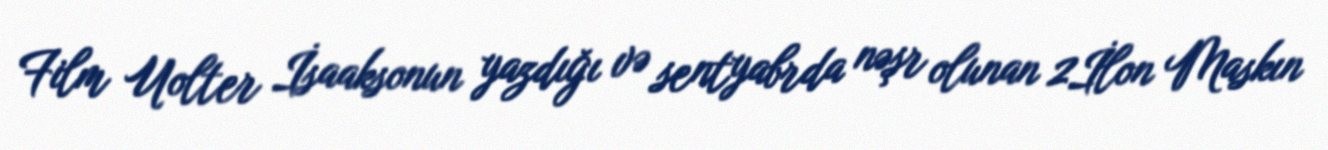
Film Uolter İsaaksonun yazdığı və sentyabrda nəşr olunan 2İlon Maskın